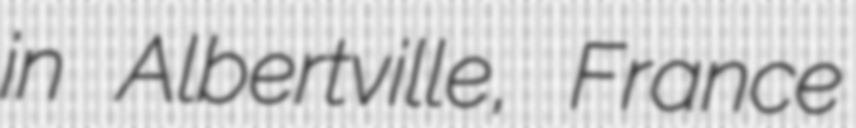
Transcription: in Albertville, France